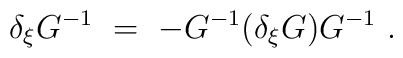
\delta_{\xi}G^{-1}\ =\ -G^{-1}(\delta_{\xi}G)G^{-1}\ .